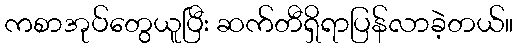
ကစာအုပ်တွေယူပြီး ဆက်တီရှိရာပြန်လာခဲ့တယ်။